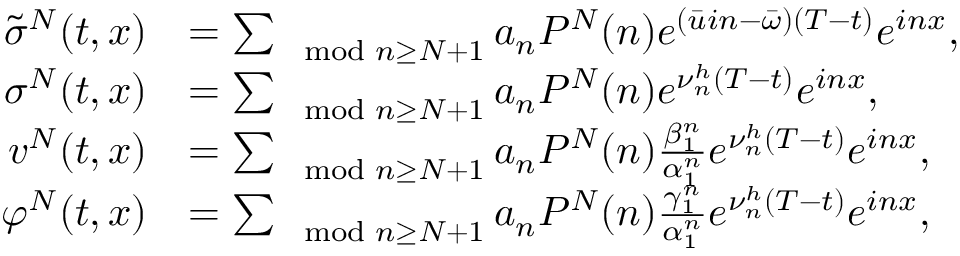
\begin{array} { r l } { \tilde { \sigma } ^ { N } ( t , x ) } & { = \sum _ { \mod { n } \geq N + 1 } a _ { n } P ^ { N } ( n ) e ^ { ( \bar { u } i n - \bar { \omega } ) ( T - t ) } e ^ { i n x } , } \\ { \sigma ^ { N } ( t , x ) } & { = \sum _ { \mod { n } \geq N + 1 } a _ { n } P ^ { N } ( n ) e ^ { \nu _ { n } ^ { h } ( T - t ) } e ^ { i n x } , } \\ { v ^ { N } ( t , x ) } & { = \sum _ { \mod { n } \geq N + 1 } a _ { n } P ^ { N } ( n ) \frac { \beta _ { 1 } ^ { n } } { \alpha _ { 1 } ^ { n } } e ^ { \nu _ { n } ^ { h } ( T - t ) } e ^ { i n x } , } \\ { \varphi ^ { N } ( t , x ) } & { = \sum _ { \mod { n } \geq N + 1 } a _ { n } P ^ { N } ( n ) \frac { \gamma _ { 1 } ^ { n } } { \alpha _ { 1 } ^ { n } } e ^ { \nu _ { n } ^ { h } ( T - t ) } e ^ { i n x } , } \end{array}